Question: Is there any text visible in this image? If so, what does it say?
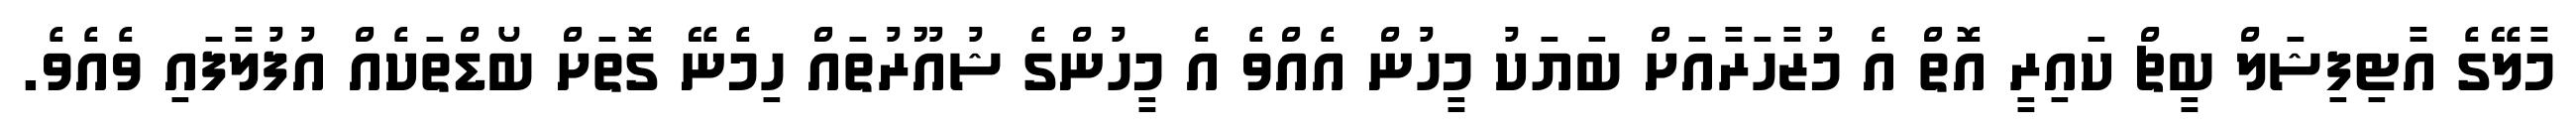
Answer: މާލޭގެ އާޓިފިޝަލް ބީޗް ކައިރީ އޮތް އެ މުޒާހަރާއަށް ބަޔަކު މީހުން އެއްވެ އެ މީހުންގެ ޝުއޫރުތައް ހިމެނޭ ގޮތަށް ބޯޑްތަކެއް އުފުލާފައި ވެއެވެ.